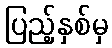
ပြည့်နှစ်မှ